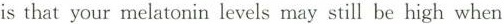
is that your melatonin levels may still be high when